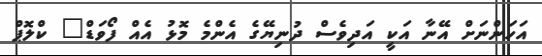
އަހަންނަށް އޭނާ އަކީ އަދިވެސް ދުނިޔޭގެ އެންމެ މޮޅު އެއް ފޯވަޑް" ކްލޮޕް